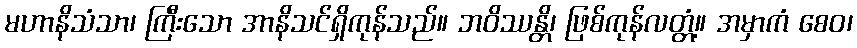
မဟာနိသံသာ၊ ကြီးသော အာနိသင်ရှိကုန်သည်။ ဘဝိဿန္တိ၊ ဖြစ်ကုန်လတ္တံ့။ အမှာကံ စေဝ၊